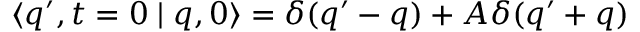
\langle q ^ { \prime } , t = 0 \mid q , 0 \rangle = \delta ( q ^ { \prime } - q ) + A \delta ( q ^ { \prime } + q )